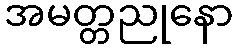
အမတ္တညုနော